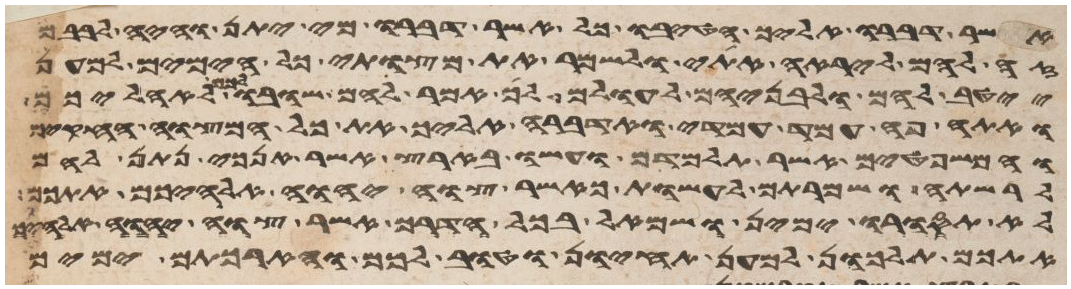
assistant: אשר דברו אליך הטיבו כל אשר דברו מי יתן והיה לבבם
זה להם ליראה אתי ולשמר את מצותי כל הימים למען
ייטב להם ולבניהם לעולם לך אמר להם שובו לכם לאהליכם
ואתה פה עמד עמדי ואדברה אליך את כל המצוה החקים
והמשפטים אשר תלמדם ועשו בארץ אשר אנכי נתן להם
לרשתה ושמרתם לעשות כאשר צוה יהוה אלהיכם אתכם
לא תסורו ימין ושמאל בכל הדרך אשר צוה יהוה אלהיכם
אתכם תלכון למען תחיון וטוב לכם והארכתם ימים